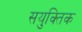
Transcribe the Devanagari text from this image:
सयुक्‍तिक